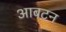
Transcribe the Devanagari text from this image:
आबटन